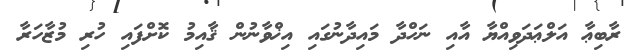
ރާބިޢާ އަލްޢަދަވިއްޔާ އާއި ނަހްދާ މައިދާނުގައި އިޚްވާނުން ޤާއިމު ކޮށްފައި ހުރި މުޒާހަރާ